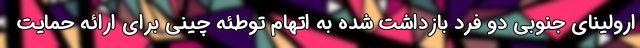
ارولینای جنوبی دو فرد بازداشت شده به اتهام توطئه چینی برای ارائه حمایت